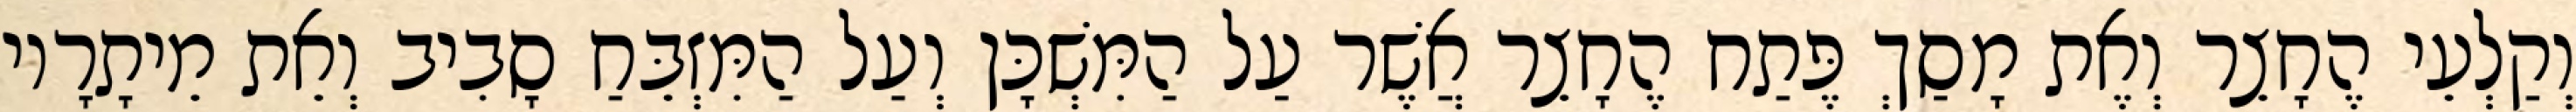
וְקַלְעֵי הֶחָצֵר וְאֶת מָסַךְ פֶּתַח הֶחָצֵר אֲשֶׁר עַל הַמִּשְׁכָּן וְעַל הַמִּזְבֵּחַ סָבִיב וְאֵת מֵיתָרָיו